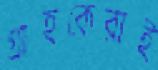
গ্রাহকেরাই